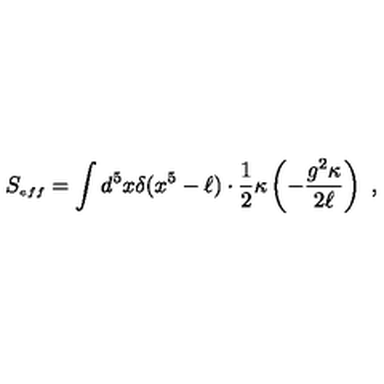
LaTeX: S _ { \scriptscriptstyle e f f } = \int d ^ { 5 } x \delta ( x ^ { 5 } - \ell ) \cdot \frac { 1 } { 2 } \kappa \left( - { \frac { g ^ { 2 } \kappa } { 2 \ell } } \right) \ ,